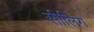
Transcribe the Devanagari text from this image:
सीलिग